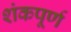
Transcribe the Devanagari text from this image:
शंकपूर्ण